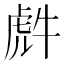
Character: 𮓤